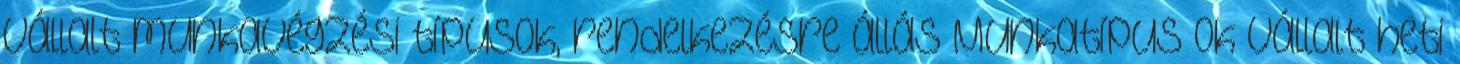
Vállalt munkavégzési típusok, rendelkezésre állás Munkatípus ok Vállalt heti